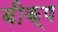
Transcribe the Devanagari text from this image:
बीक्ष